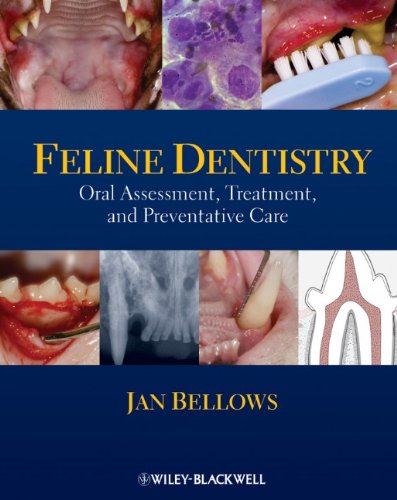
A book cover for Feline Dentistry: Oral Assessment, Treatment, and Preventative Care; Jan Bellows; Medical Books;